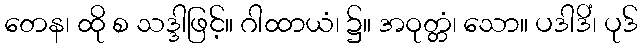
တေန၊ ထို စ သဒ္ဒါဖြင့်။ ဂါထာယံ၊ ၌။ အဝုတ္တံ၊ သော။ ပဒါဒိံ၊ ပုဒ်